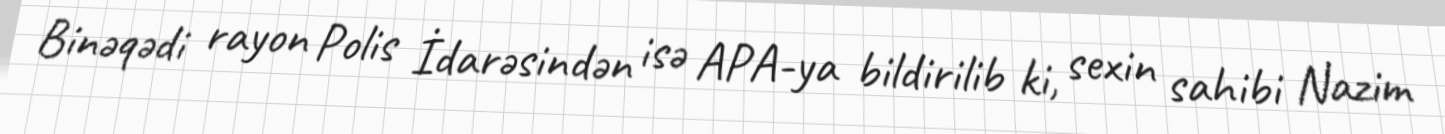
Binəqədi rayon Polis İdarəsindən isə APA-ya bildirilib ki, sexin sahibi Nazim